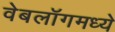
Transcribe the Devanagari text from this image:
वेबलॉगमध्ये